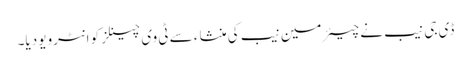
ڈی جی نیب نے چیئرمین نیب کی منشاء سے ٹی وی چینلز کو انٹرویو دیا۔